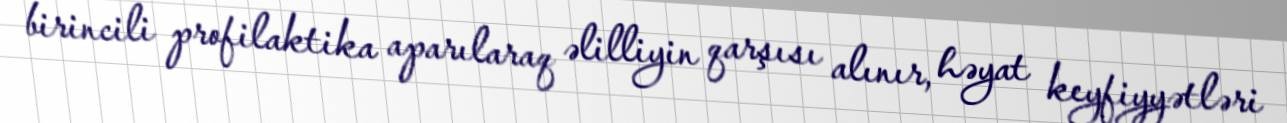
birincili profilaktika aparılaraq əlilliyin qarşısı alınır, həyat keyfiyyətləri